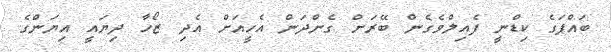
ބައްޕަގެ ކިޑްނީ ފެއިލްވެގެން ބޭރަށް ގެންދަން އެހީއަށް އެދި ޒޯހާ ދިޔައީ އިޔަންގެ